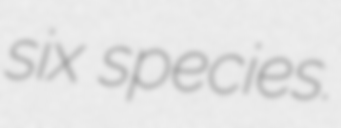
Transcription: six species.